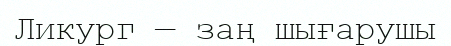
Ликург — заң шығарушы